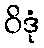
ဝိဒုံ